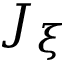
J _ { \xi }